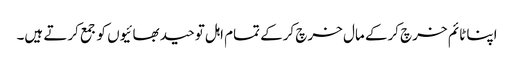
اپنا ٹائم خرچ کرکے مال خرچ کرکے تمام اہل توحید بھائیوں کو جمع کرتے ہیں۔